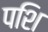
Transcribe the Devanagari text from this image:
पशि